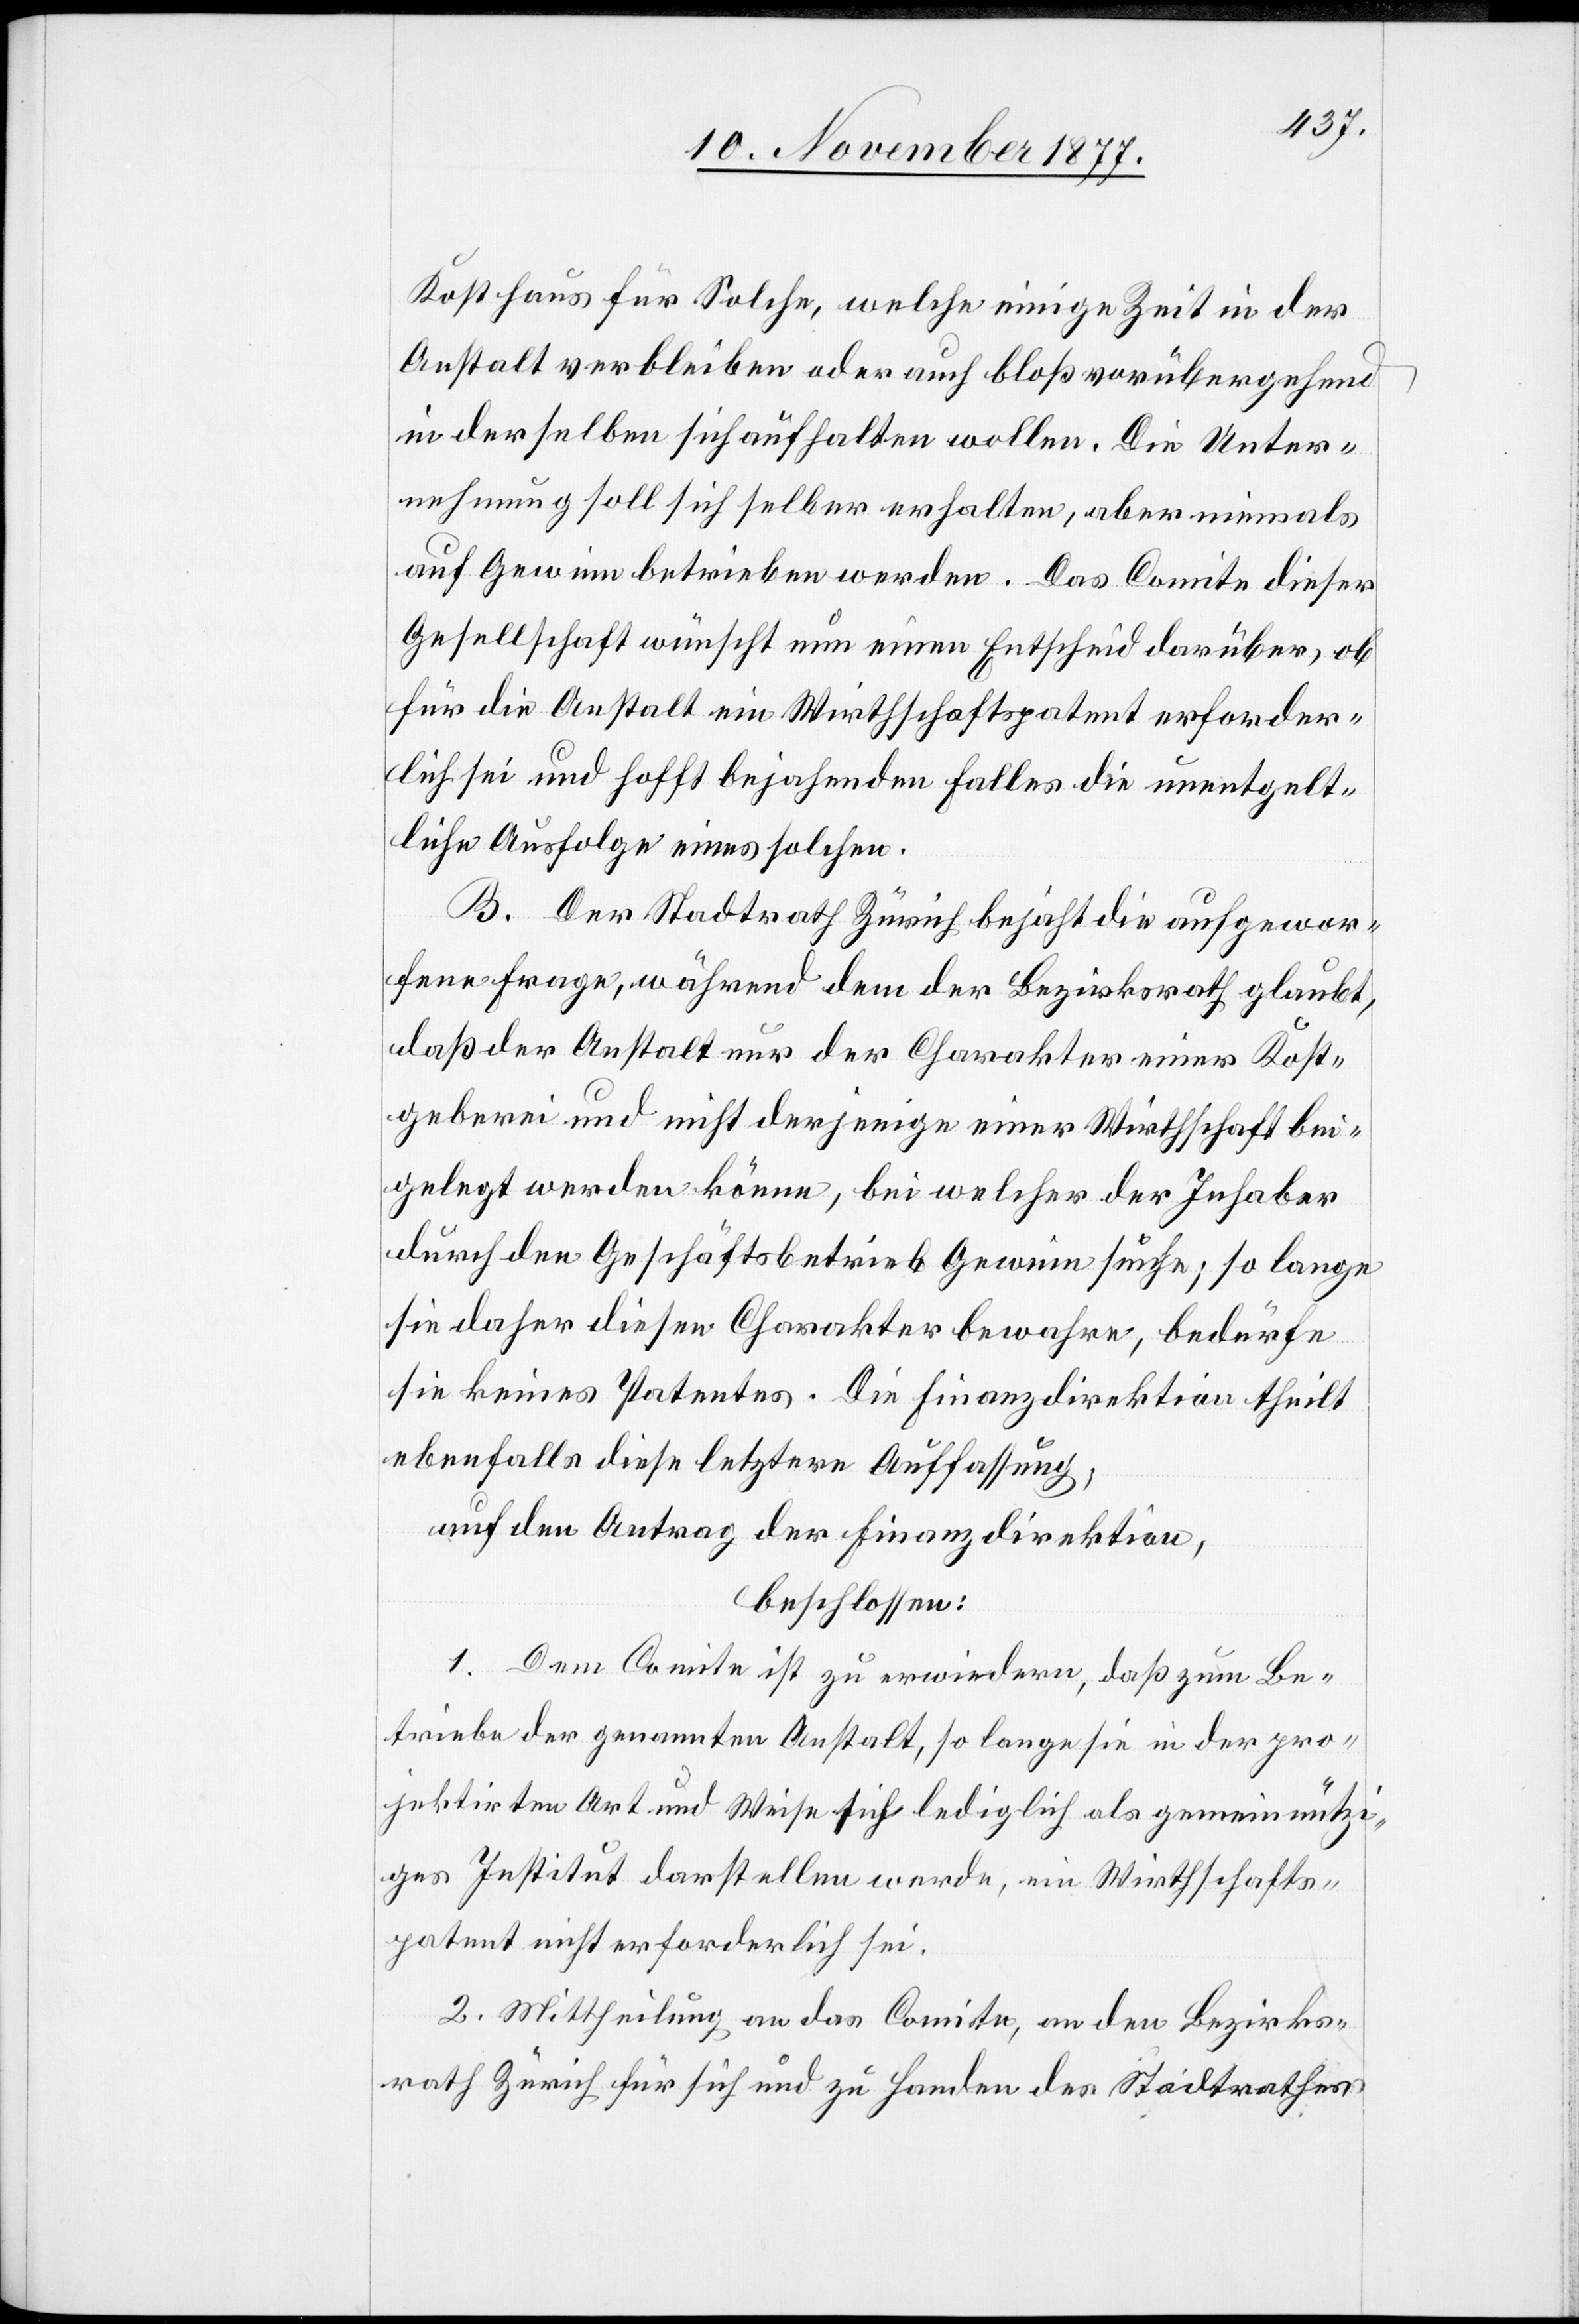
Kosthaus für Solche, welche einige Zeit in der
Anstalt verbleiben oder auch bloß vorübergehend
in derselben sich aufhalten wollen. Die Unter¬
nehmung soll sich selber erhalten, aber niemals
auf Gewinn betrieben werden. Das Comite dieser
Gesellschaft wünscht nun einen Entscheid darüber, ob
für die Anstalt ein Wirthschaftspatent erforder¬
lich sei und hofft bejahenden Falles die unentgelt¬
liche Ausfolge eines solchen.
B. Der Stadtrath Zürich bejaht die aufgewor¬
fene Frage, während dem der Bezirksrath glaubt,
daß der Anstalt nur der Charakter einer Kost¬
geberei und nicht derjenige einer Wirthschaft bei¬
gelegt werden könne, bei welcher der Inhaber
durch den Geschäftsbetrieb Gewinn suche; so lange
sie daher diesen Charakter bewahre, bedürfe
sie keines Patentes. Die Finanzdirektion theilt
ebenfalls diese letztere Auffassung;
auf den Antrag der Finanzdirektion,
beschlossen:
1. Dem Comite ist zu erwiedern, daß zum Be¬
triebe der genannten Anstalt, so lange sie in der pro¬
jektirten Art und Weise sich lediglich als gemeinnützi¬
ges Institut darstellen werde, ein Wirthschafts¬
patent nicht erforderlich sei.
2. Mittheilung an das Comite, an den Bezirks¬
rath Zürich für sich und zu Handen des Stadtrathes